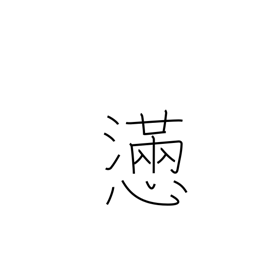
Meaning: agony